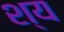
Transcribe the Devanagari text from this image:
श्य